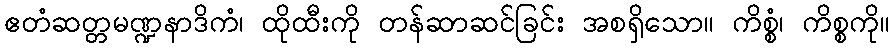
ဧတံဆတ္တမဏ္ဍနာဒိကံ၊ ထိုထီးကို တန်ဆာဆင်ခြင်း အစရှိသော။ ကိစ္စံ၊ ကိစ္စကို။